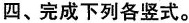
四、完成下列各竖式。